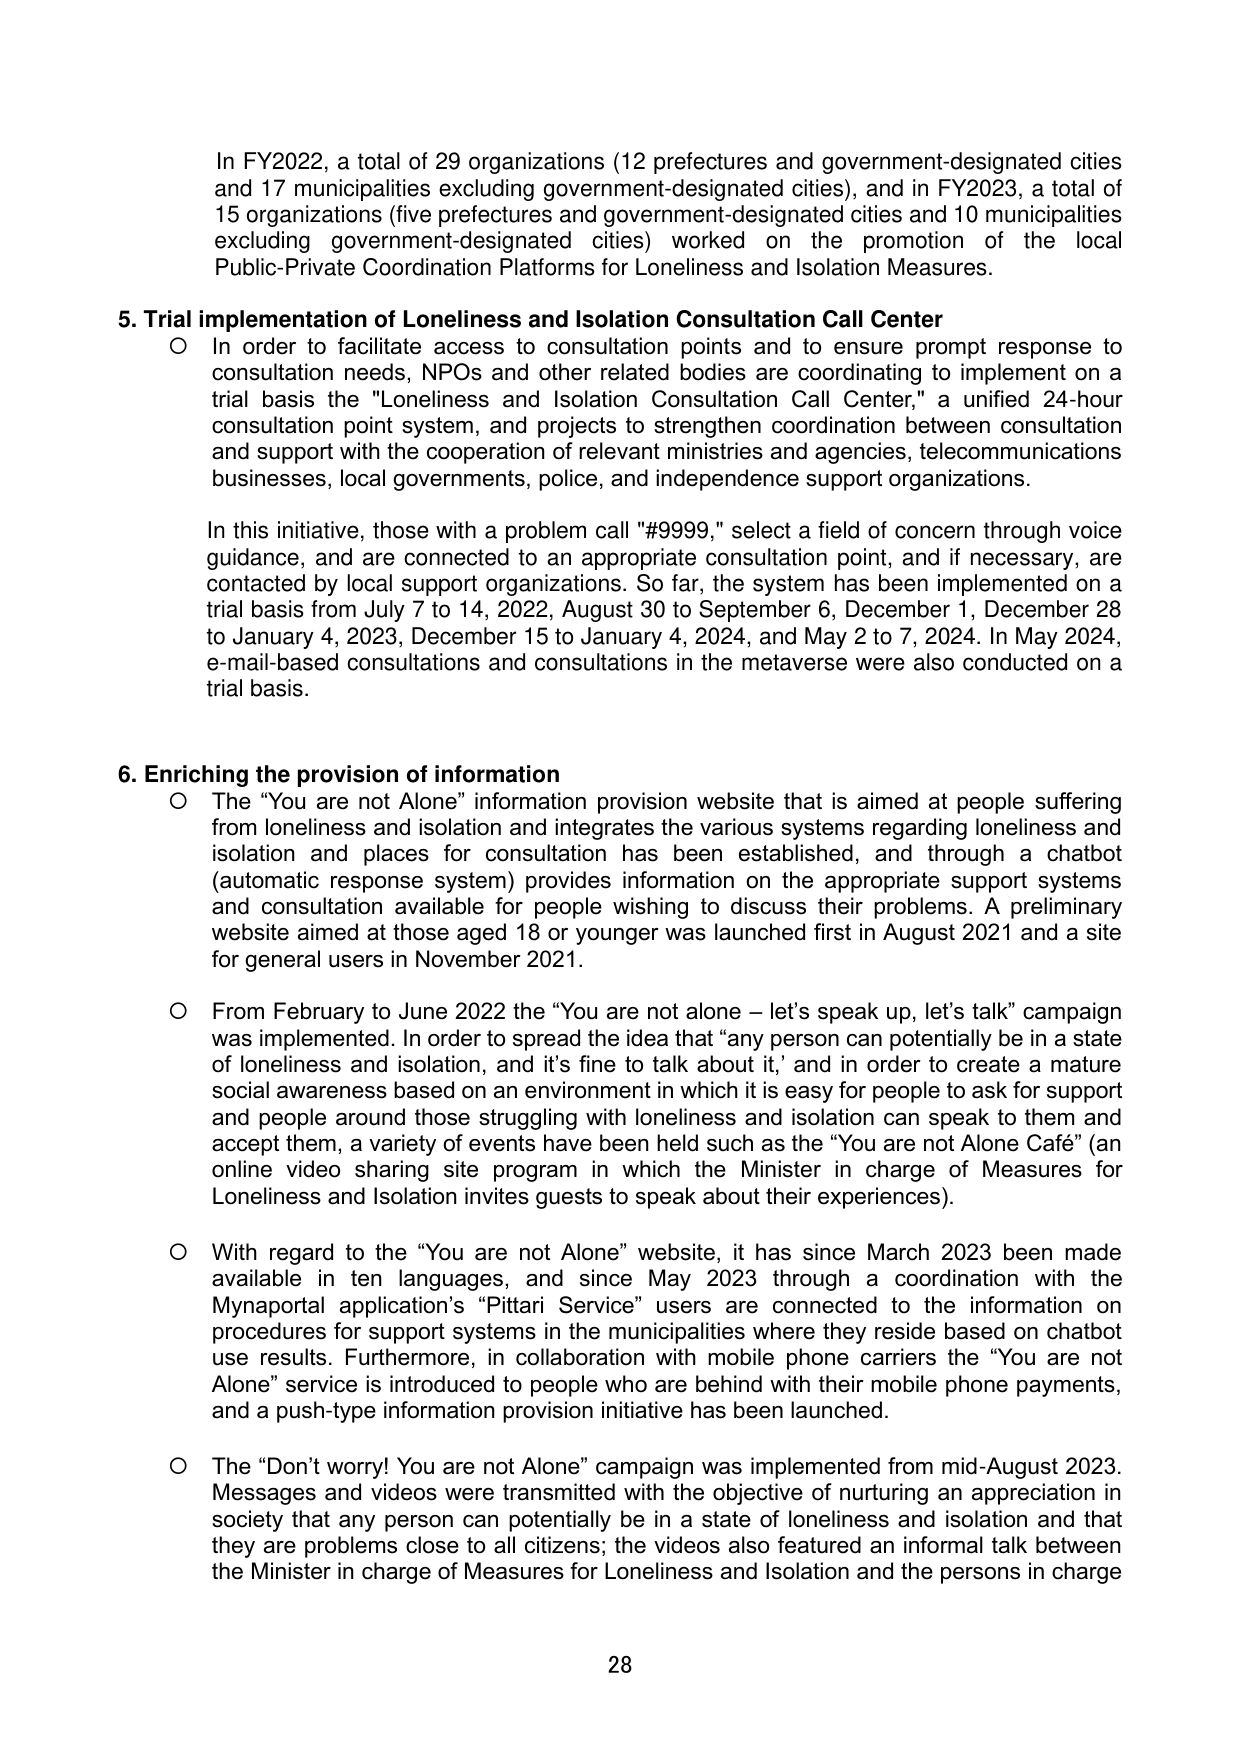
In FY2022, a total of 29 organizations (12 prefectures and government-designated cities and 17 municipalities excluding government-designated cities), and in FY2023, a total of 15 organizations (five prefectures and government-designated cities and 10 municipalities excluding government-designated cities) worked on the promotion of the local Public-Private Coordination Platforms for Loneliness and Isolation Measures.

5. Trial implementation of Loneliness and Isolation Consultation Call Center
○ In order to facilitate access to consultation points and to ensure prompt response to consultation needs, NPOs and other related bodies are coordinating to implement on a trial basis the "Loneliness and Isolation Consultation Call Center," a unified 24-hour consultation point system, and projects to strengthen coordination between consultation and support with the cooperation of relevant ministries and agencies, telecommunications businesses, local governments, police, and independence support organizations.

In this initiative, those with a problem call "#9999," select a field of concern through voice guidance, and are connected to an appropriate consultation point, and if necessary, are contacted by local support organizations. So far, the system has been implemented on a trial basis from July 7 to 14, 2022, August 30 to September 6, December 1, December 28 to January 4, 2023, December 15 to January 4, 2024, and May 2 to 7, 2024. In May 2024, e-mail-based consultations and consultations in the metaverse were also conducted on a trial basis.

6. Enriching the provision of information
○ The “You are not Alone” information provision website that is aimed at people suffering from loneliness and isolation and integrates the various systems regarding loneliness and isolation and places for consultation has been established, and through a chatbot (automatic response system) provides information on the appropriate support systems and consultation available for people wishing to discuss their problems. A preliminary website aimed at those aged 18 or younger was launched first in August 2021 and a site for general users in November 2021.

○ From February to June 2022 the “You are not alone – let’s speak up, let’s talk” campaign was implemented. In order to spread the idea that “any person can potentially be in a state of loneliness and isolation, and it’s fine to talk about it,” and in order to create a mature social awareness based on an environment in which it is easy for people to ask for support and people around those struggling with loneliness and isolation can speak to them and accept them, a variety of events have been held such as the “You are not Alone Café” (an online video sharing site program in which the Minister in charge of Measures for Loneliness and Isolation invites guests to speak about their experiences).

○ With regard to the “You are not Alone” website, it has since March 2023 been made available in ten languages, and since May 2023 through a coordination with the Mynaportal application’s “Pittari Service” users are connected to the information on procedures for support systems in the municipalities where they reside based on chatbot use results. Furthermore, in collaboration with mobile phone carriers the “You are not Alone” service is introduced to people who are behind with their mobile phone payments, and a push-type information provision initiative has been launched.

○ The “Don’t worry! You are not Alone” campaign was implemented from mid-August 2023. Messages and videos were transmitted with the objective of nurturing an appreciation in society that any person can potentially be in a state of loneliness and isolation and that they are problems close to all citizens; the videos also featured an informal talk between the Minister in charge of Measures for Loneliness and Isolation and the persons in charge

28